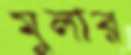
মুলার